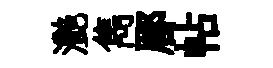
灧雋郿帖